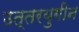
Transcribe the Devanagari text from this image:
उत्तरयुगीन